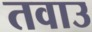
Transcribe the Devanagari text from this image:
तवाउ